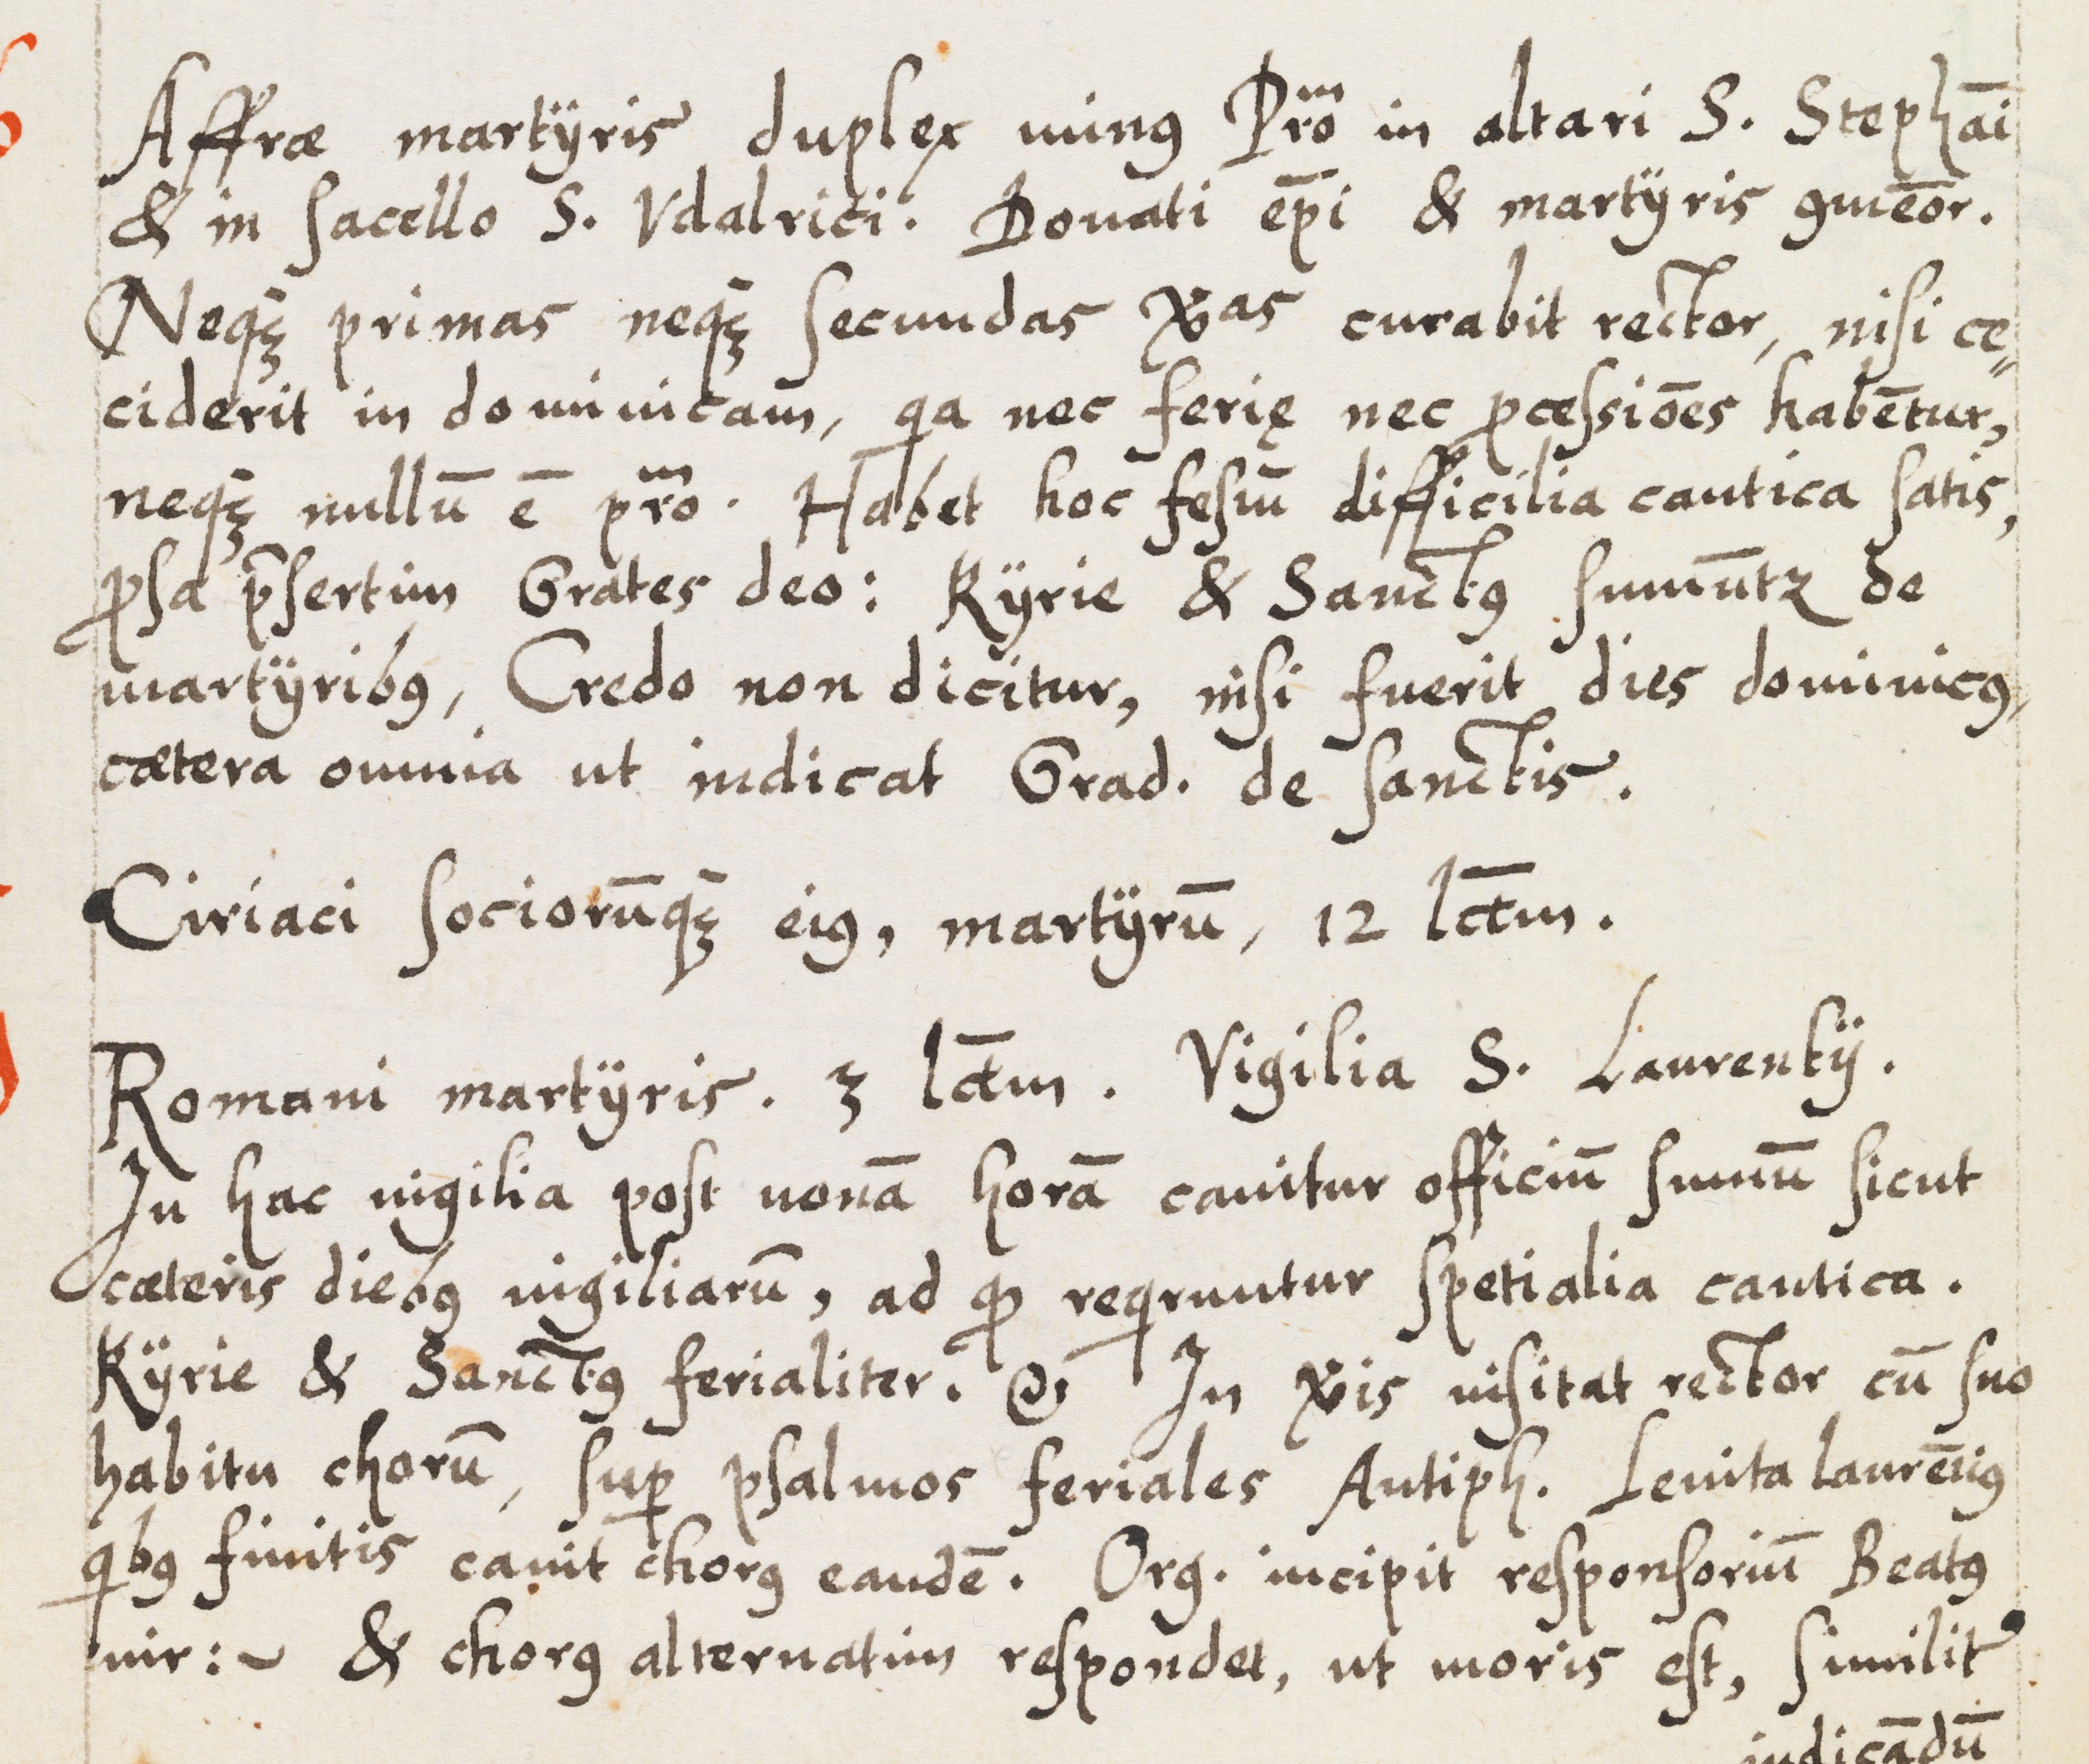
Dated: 1583–1583